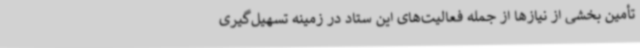
تأمین بخشی از نیازها از جمله فعالیت‌های این ستاد در زمینه تسهیل‌گیری